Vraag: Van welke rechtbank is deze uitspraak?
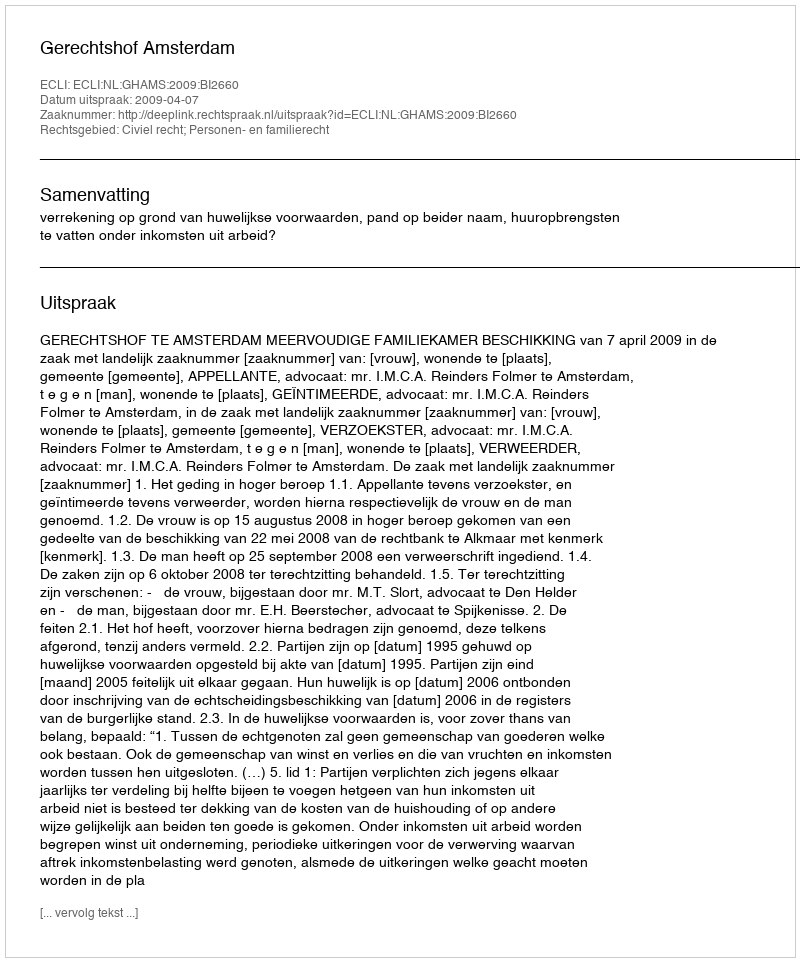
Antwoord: Gerechtshof Amsterdam